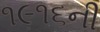
૧૯૧૬ની